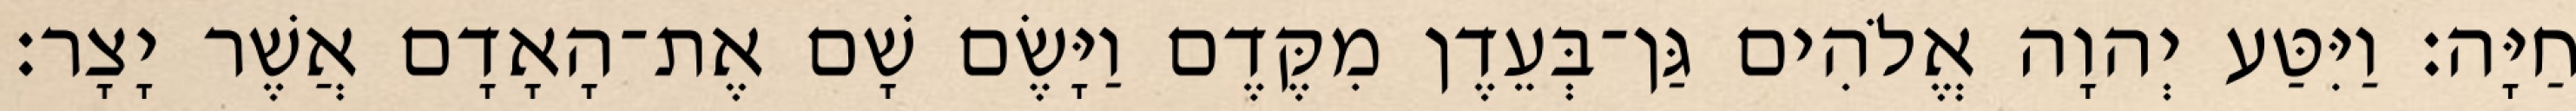
חַיָּה׃ וַיִּטַּע יְהוָה אֱלֹהִים גַּן־בְּעֵדֶן מִקֶּדֶם וַיָּשֶׂם שָׁם אֶת־הָאָדָם אֲשֶׁר יָצָר׃